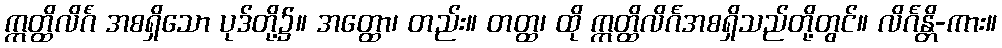
ဣတ္ထိလိင်္ဂံ အစရှိသော ပုဒ်တို့၌။ အတ္ထော၊ တည်း။ တတ္ထ၊ ထို ဣတ္ထိလိင်္ဂအစရှိသည်တို့တွင်။ လိင်္ဂန္တိ-ကား။